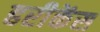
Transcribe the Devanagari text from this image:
हरीकेंस